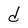
Character: d